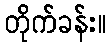
တိုက်ခန်း။